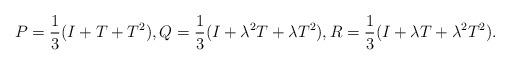
LaTeX: \begin{align*}P = \frac{1}{3}(I + T + T^2), Q = \frac{1}{3}(I + \lambda^2 T + \lambda T^2), R = \frac{1}{3}(I + \lambda T + \lambda^2 T^2).\end{align*}